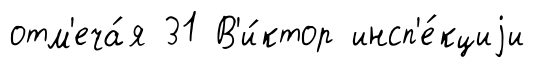
отм'еча́я 31 В'и́ктор инсп'е́кциjи